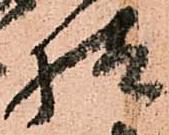
様